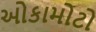
ઓકામોટો